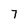
Character: 7